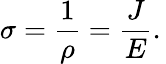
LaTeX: \sigma={\frac{1}{\rho}}={\frac{J}{E}}.\,